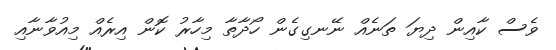
ވެސް ކާއިން ދިޔަ ތަނެއް ނޭނގިގެން ހޯދާތާ މިހާރު ކޮން އިރެއް މިއުވާނާއި